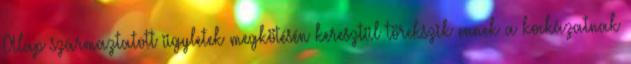
Alap származtatott ügyletek megkötésén keresztül törekszik ennek a kockázatnak